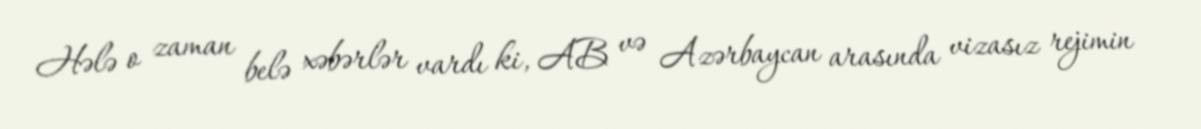
Hələ o zaman belə xəbərlər vardı ki, AB və Azərbaycan arasında vizasız rejimin